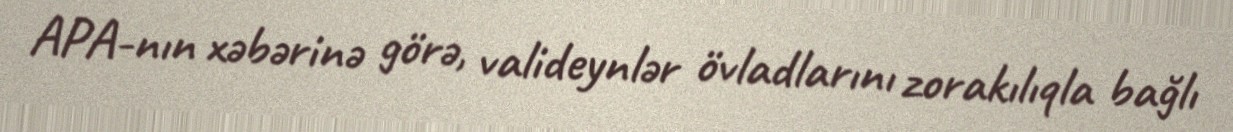
APA-nın xəbərinə görə, valideynlər övladlarını zorakılıqla bağlı